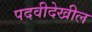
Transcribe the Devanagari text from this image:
पदवीदेखील